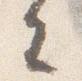
去